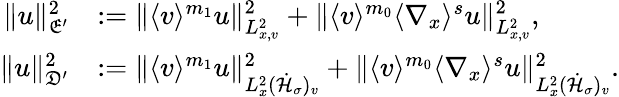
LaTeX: \begin{array}{rl}{\| u\| _{\mathfrak E^{\prime}}^{2}}&{:=\| \langle v\rangle^{m_{1}}u\| _{L_{x,v}^{2}}^{2}+\| \langle v\rangle^{m_{0}}\langle\nabla_{x}\rangle^{s}u\| _{L_{x,v}^{2}}^{2},}\\ {\| u\| _{\mathfrak D^{\prime}}^{2}}&{:=\| \langle v\rangle^{m_{1}}u\| _{L_{x}^{2}(\dot{\mathcal H}_{\sigma})_{v}}^{2}+\| \langle v\rangle^{m_{0}}\langle\nabla_{x}\rangle^{s}u\| _{L_{x}^{2}(\dot{\mathcal H}_{\sigma})_{v}}^{2}.}\end{array}